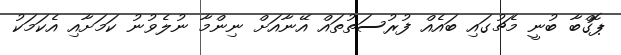
ޕޮގްބާ ބުނީ މެޗުގައި ބައެއް ފުރުސަތުތައް އޭނާއަށް ނިންމާ ނުލެވުނު ކަމަށާއި އެކަމަކު